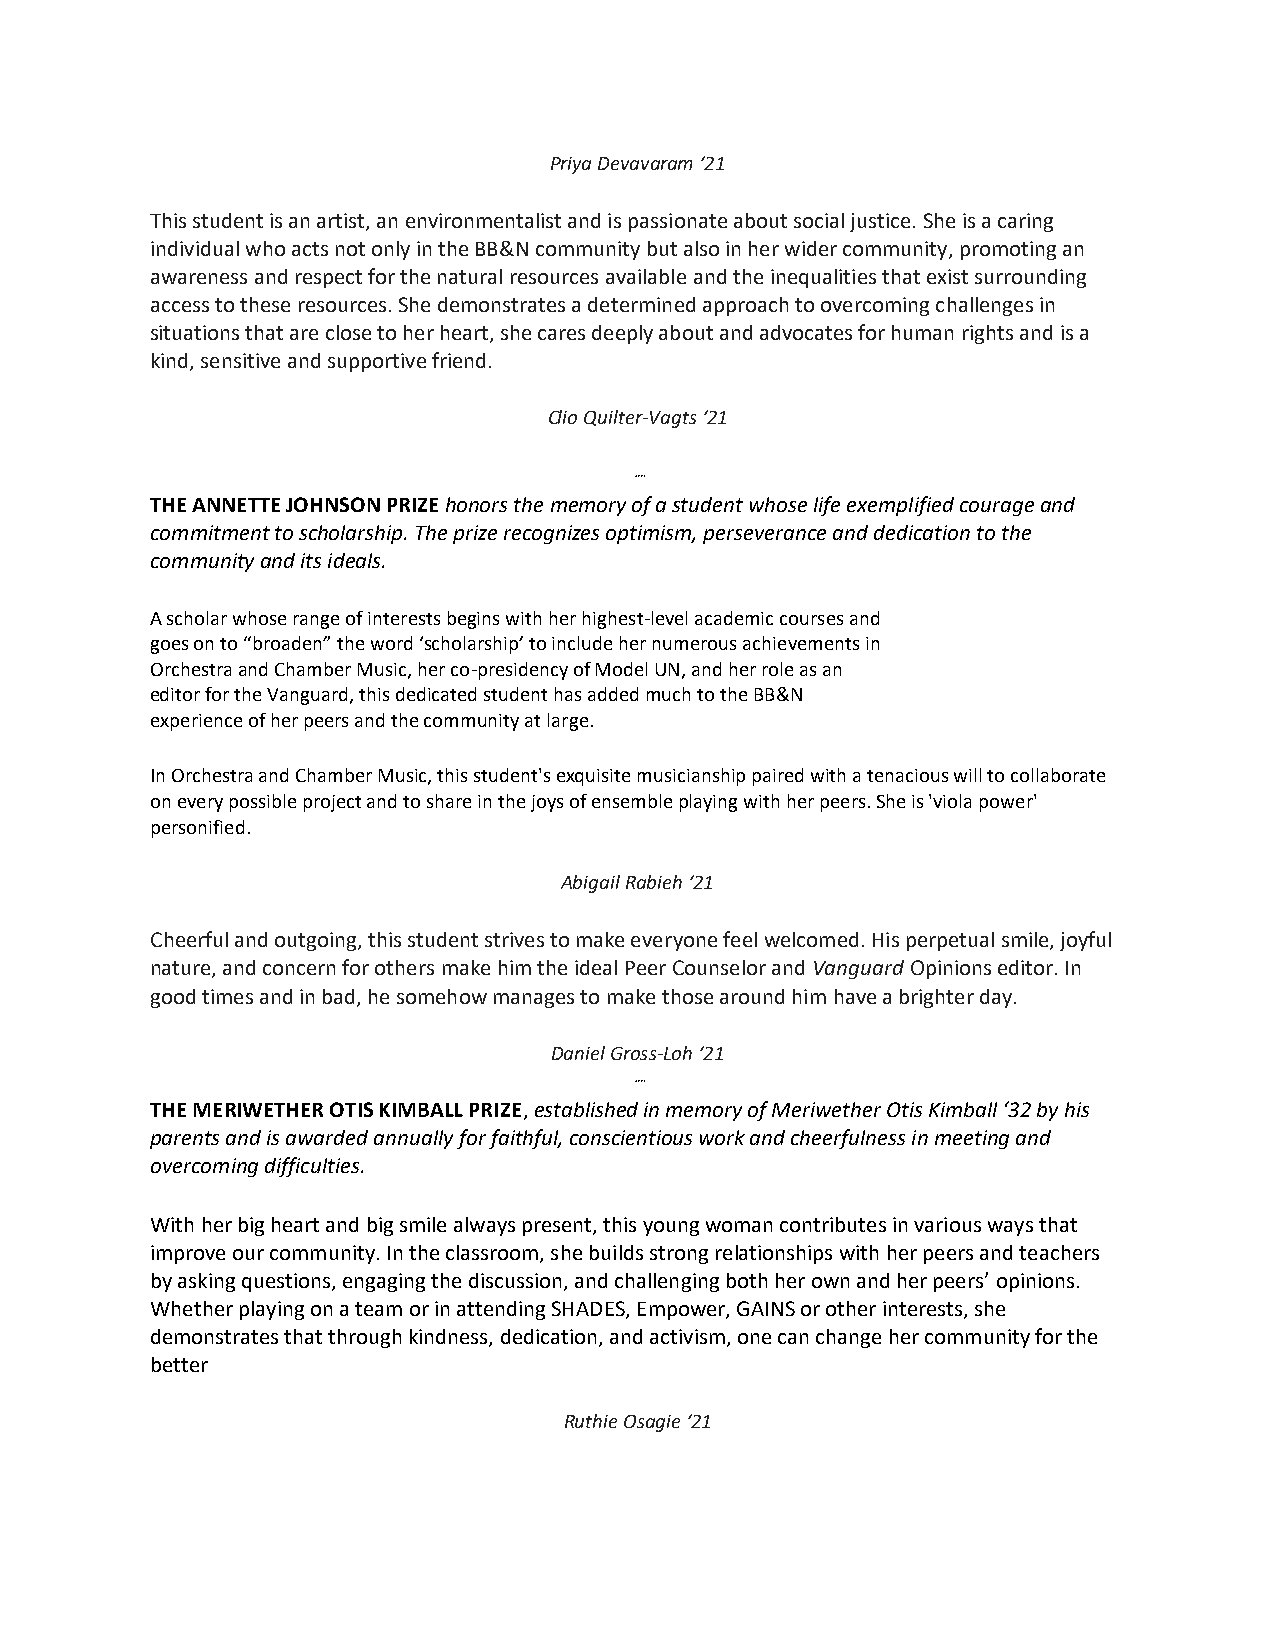
Priya Devavaram ‘21
 This student is an artist, an environmentalist and is passionate about social justice. She is a caring
 individual who acts not only in the BB&N community but also in her wider community, promoting an
 awareness and respect for the natural resources available and the inequalities that exist surrounding
 access to these resources. She demonstrates a determined approach to overcoming challenges in
 situations that are close to her heart, she cares deeply about and advocates for human rights and is a
 kind, sensitive and supportive friend.
 Clio Quilter-Vagts ‘21
 ┉
 THE ANNETTE JOHNSON PRIZE honors the memory of a student whose life exemplified courage and
 commitment to scholarship. The prize recognizes optimism, perseverance and dedication to the
 community and its ideals.
 A scholar whose range of interests begins with her highest-level academic courses and
 goes on to “broaden” the word ‘scholarship’ to include her numerous achievements in
 Orchestra and Chamber Music, her co-presidency of Model UN, and her role as an
 editor for the Vanguard, this dedicated student has added much to the BB&N
 experience of her peers and the community at large.
 In Orchestra and Chamber Music, this student's exquisite musicianship paired with a tenacious will to collaborate
 on every possible project and to share in the joys of ensemble playing with her peers. She is 'viola power'
 personified.
 Abigail Rabieh ‘21
 Cheerful and outgoing, this student strives to make everyone feel welcomed. His perpetual smile, joyful
 nature, and concern for others make him the ideal Peer Counselor and Vanguard Opinions editor. In
 good times and in bad, he somehow manages to make those around him have a brighter day.
 Daniel Gross-Loh ‘21
 ┉
 THE MERIWETHER OTIS KIMBALL PRIZE, established in memory of Meriwether Otis Kimball ‘32 by his
 parents and is awarded annually for faithful, conscientious work and cheerfulness in meeting and
 overcoming difficulties.
 With her big heart and big smile always present, this young woman contributes in various ways that
 improve our community. In the classroom, she builds strong relationships with her peers and teachers
 by asking questions, engaging the discussion, and challenging both her own and her peers’ opinions.
 Whether playing on a team or in attending SHADES, Empower, GAINS or other interests, she
 demonstrates that through kindness, dedication, and activism, one can change her community for the
 better
 Ruthie Osagie ‘21